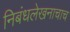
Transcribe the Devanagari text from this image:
निबंधलेखनाचाच